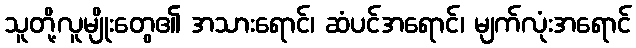
သူတို့လူမျိုးတွေ၏ အသားရောင်၊ ဆံပင်အရောင်၊ မျက်လုံးအရောင်